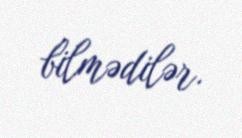
bilmədilər.